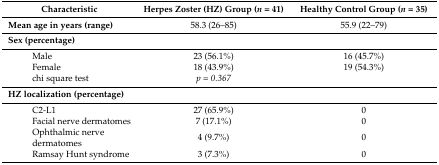
<table><thead><tr><td colspan="2"><b>Characteristic</b></td><td><b>Herpes Zoster (HZ) Group (<i>n</i> = 41)</b></td><td><b>Healthy Control Group (<i>n</i> = 35)</b></td></tr></thead><tbody><tr><td colspan="2"><b>Mean age in years (range)</b></td><td>58.3 (26–85)</td><td>55.9 (22–79)</td></tr><tr><td colspan="2"><b>Sex (percentage)</b></td><td></td><td></td></tr><tr><td></td><td>Male</td><td>23 (56.1%)</td><td>16 (45.7%)</td></tr><tr><td></td><td>Female</td><td>18 (43.9%)</td><td>19 (54.3%)</td></tr><tr><td></td><td>chi square test</td><td><i>p = 0.367</i></td><td></td></tr><tr><td colspan="2"><b>HZ localization (percentage)</b></td><td></td><td></td></tr><tr><td></td><td>C2-L1</td><td>27 (65.9%)</td><td>0</td></tr><tr><td></td><td>Facial nerve dermatomes</td><td>7 (17.1%)</td><td>0</td></tr><tr><td></td><td>Ophthalmic nerve dermatomes</td><td>4 (9.7%)</td><td>0</td></tr><tr><td></td><td>Ramsay Hunt syndrome</td><td>3 (7.3%)</td><td>0</td></tr></tbody></table>